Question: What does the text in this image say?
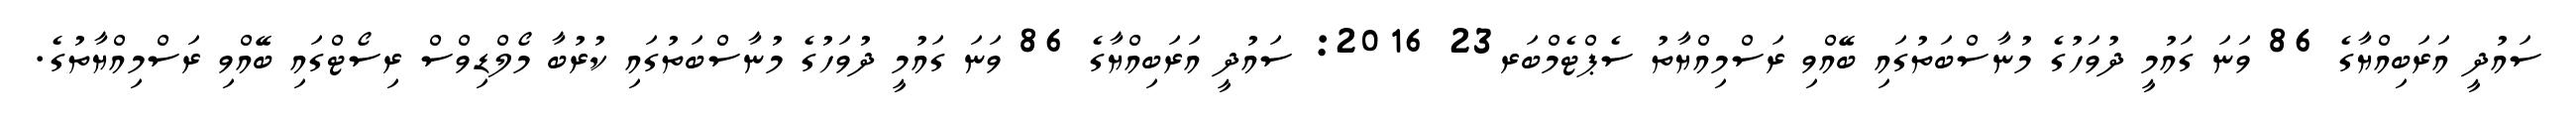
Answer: ސައުދީ އަރަބިއްޔާގެ 86 ވަނަ ގައުމީ ދުވަހުގެ މުނާސްބަތުގައި ބޭއްވި ރަސްމިއްޔާތު ސެޕްޓެމްބަރ23 2016: ސައުދީ އަރަބިއްޔާގެ 86 ވަނަ ގައުމީ ދުވަހުގެ މުނާސްބަތުގައި ކުރުބާ މޯލްޑިވްސް ރިސޯޓްގައި ބޭއްވި ރަސްމިއްޔާތުގެ.